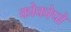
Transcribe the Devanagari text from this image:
कोकोपो